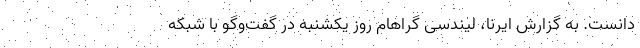
دانست. به گزارش ایرنا، لیندسی گراهام روز یکشنبه در گفت‌وگو با شبکه